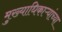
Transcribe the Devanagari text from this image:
मुख्याधिकाऱ्यांच्या